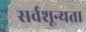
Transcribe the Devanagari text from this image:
सर्वशून्यता